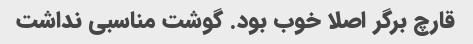
قارچ برگر اصلا خوب بود. گوشت مناسبی نداشت